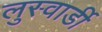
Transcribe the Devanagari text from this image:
लुस्वार्डी